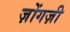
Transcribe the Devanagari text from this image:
ज़ोंगज़ी